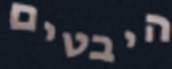
היבטים